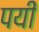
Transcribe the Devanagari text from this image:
पयी